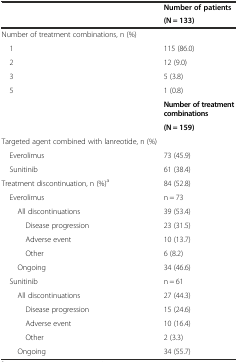
| <ROWSPAN=2>  | Number of patients |
 | (N = 133) |
 | --- | --- |
 | Number of treatment combinations, n (%) |  |
 | 1 | 115 (86.0) |
 | 2 | 12 (9.0) |
 | 3 | 5 (3.8) |
 | 5 | 1 (0.8) |
 | <ROWSPAN=2>  | Number of treatment combinations |
 | (N = 159) |
 | Targeted agent combined with lanreotide, n (%) |  |
 | Everolimus | 73 (45.9) |
 | Sunitinib | 61 (38.4) |
 | Treatment discontinuation, n (%)a | 84 (52.8) |
 | Everolimus | n = 73 |
 | All discontinuations | 39 (53.4) |
 | Disease progression | 23 (31.5) |
 | Adverse event | 10 (13.7) |
 | Other | 6 (8.2) |
 | Ongoing | 34 (46.6) |
 | Sunitinib | n = 61 |
 | All discontinuations | 27 (44.3) |
 | Disease progression | 15 (24.6) |
 | Adverse event | 10 (16.4) |
 | Other | 2 (3.3) |
 | Ongoing | 34 (55.7) |